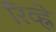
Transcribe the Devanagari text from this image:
रिव्ह्ने